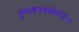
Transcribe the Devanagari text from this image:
पुण्यश्रवणकीर्तनः।।